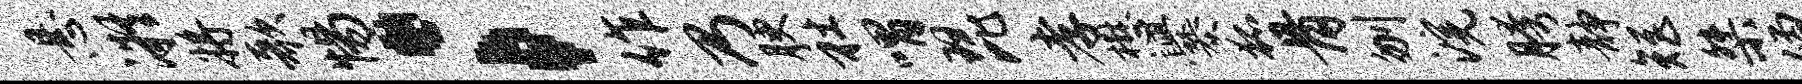
悬凝将歌惕；作乃腴社喟琵孝懋爨狐骨刎浣胯静矩桀僧